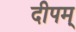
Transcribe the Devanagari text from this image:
दीपम्